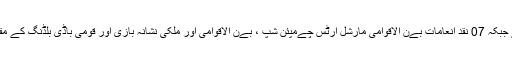
32 افسران و کمانڈوز کو ان کی اعلیٰ پےشہ وارانہ فرائض کی ادائےگی پر نقد انعامات دیے گئے جبکہ 07 نقد انعامات بےن الاقوامی مارشل آرٹس چےمپئن شپ ، بےن الاقوامی اور ملکی نشانہ بازی اور قومی باڈی بلڈنگ کے مقابلوں مےں سونے، چاندی اور کانسی کے تمغے حاصل کرنے والے کمانڈوز مےں تقسےم کیے۔